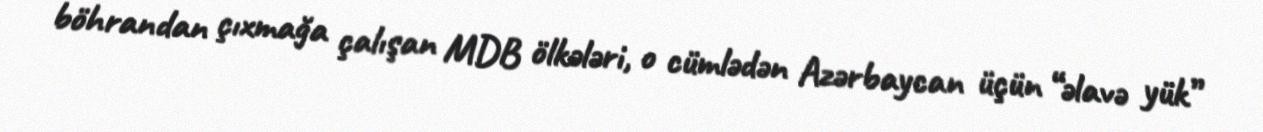
böhrandan çıxmağa çalışan MDB ölkələri, o cümlədən Azərbaycan üçün “əlavə yük”